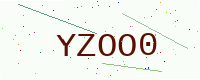
Text: YZOO0